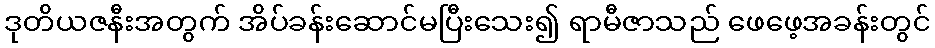
ဒုတိယဇနီးအတွက် အိပ်ခန်းဆောင်မပြီးသေး၍ ရာမီဇာသည် ဖေဖေ့အခန်းတွင်